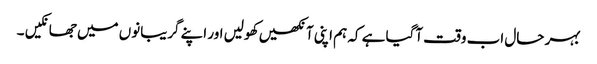
بہر حال اب وقت آگیا ہے کہ ہم اپنی آنکھیں کھولیں اور اپنے گریبانوں میں جھانکیں ۔